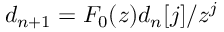
d _ { n + 1 } = F _ { 0 } ( z ) d _ { n } [ j ] / z ^ { j }